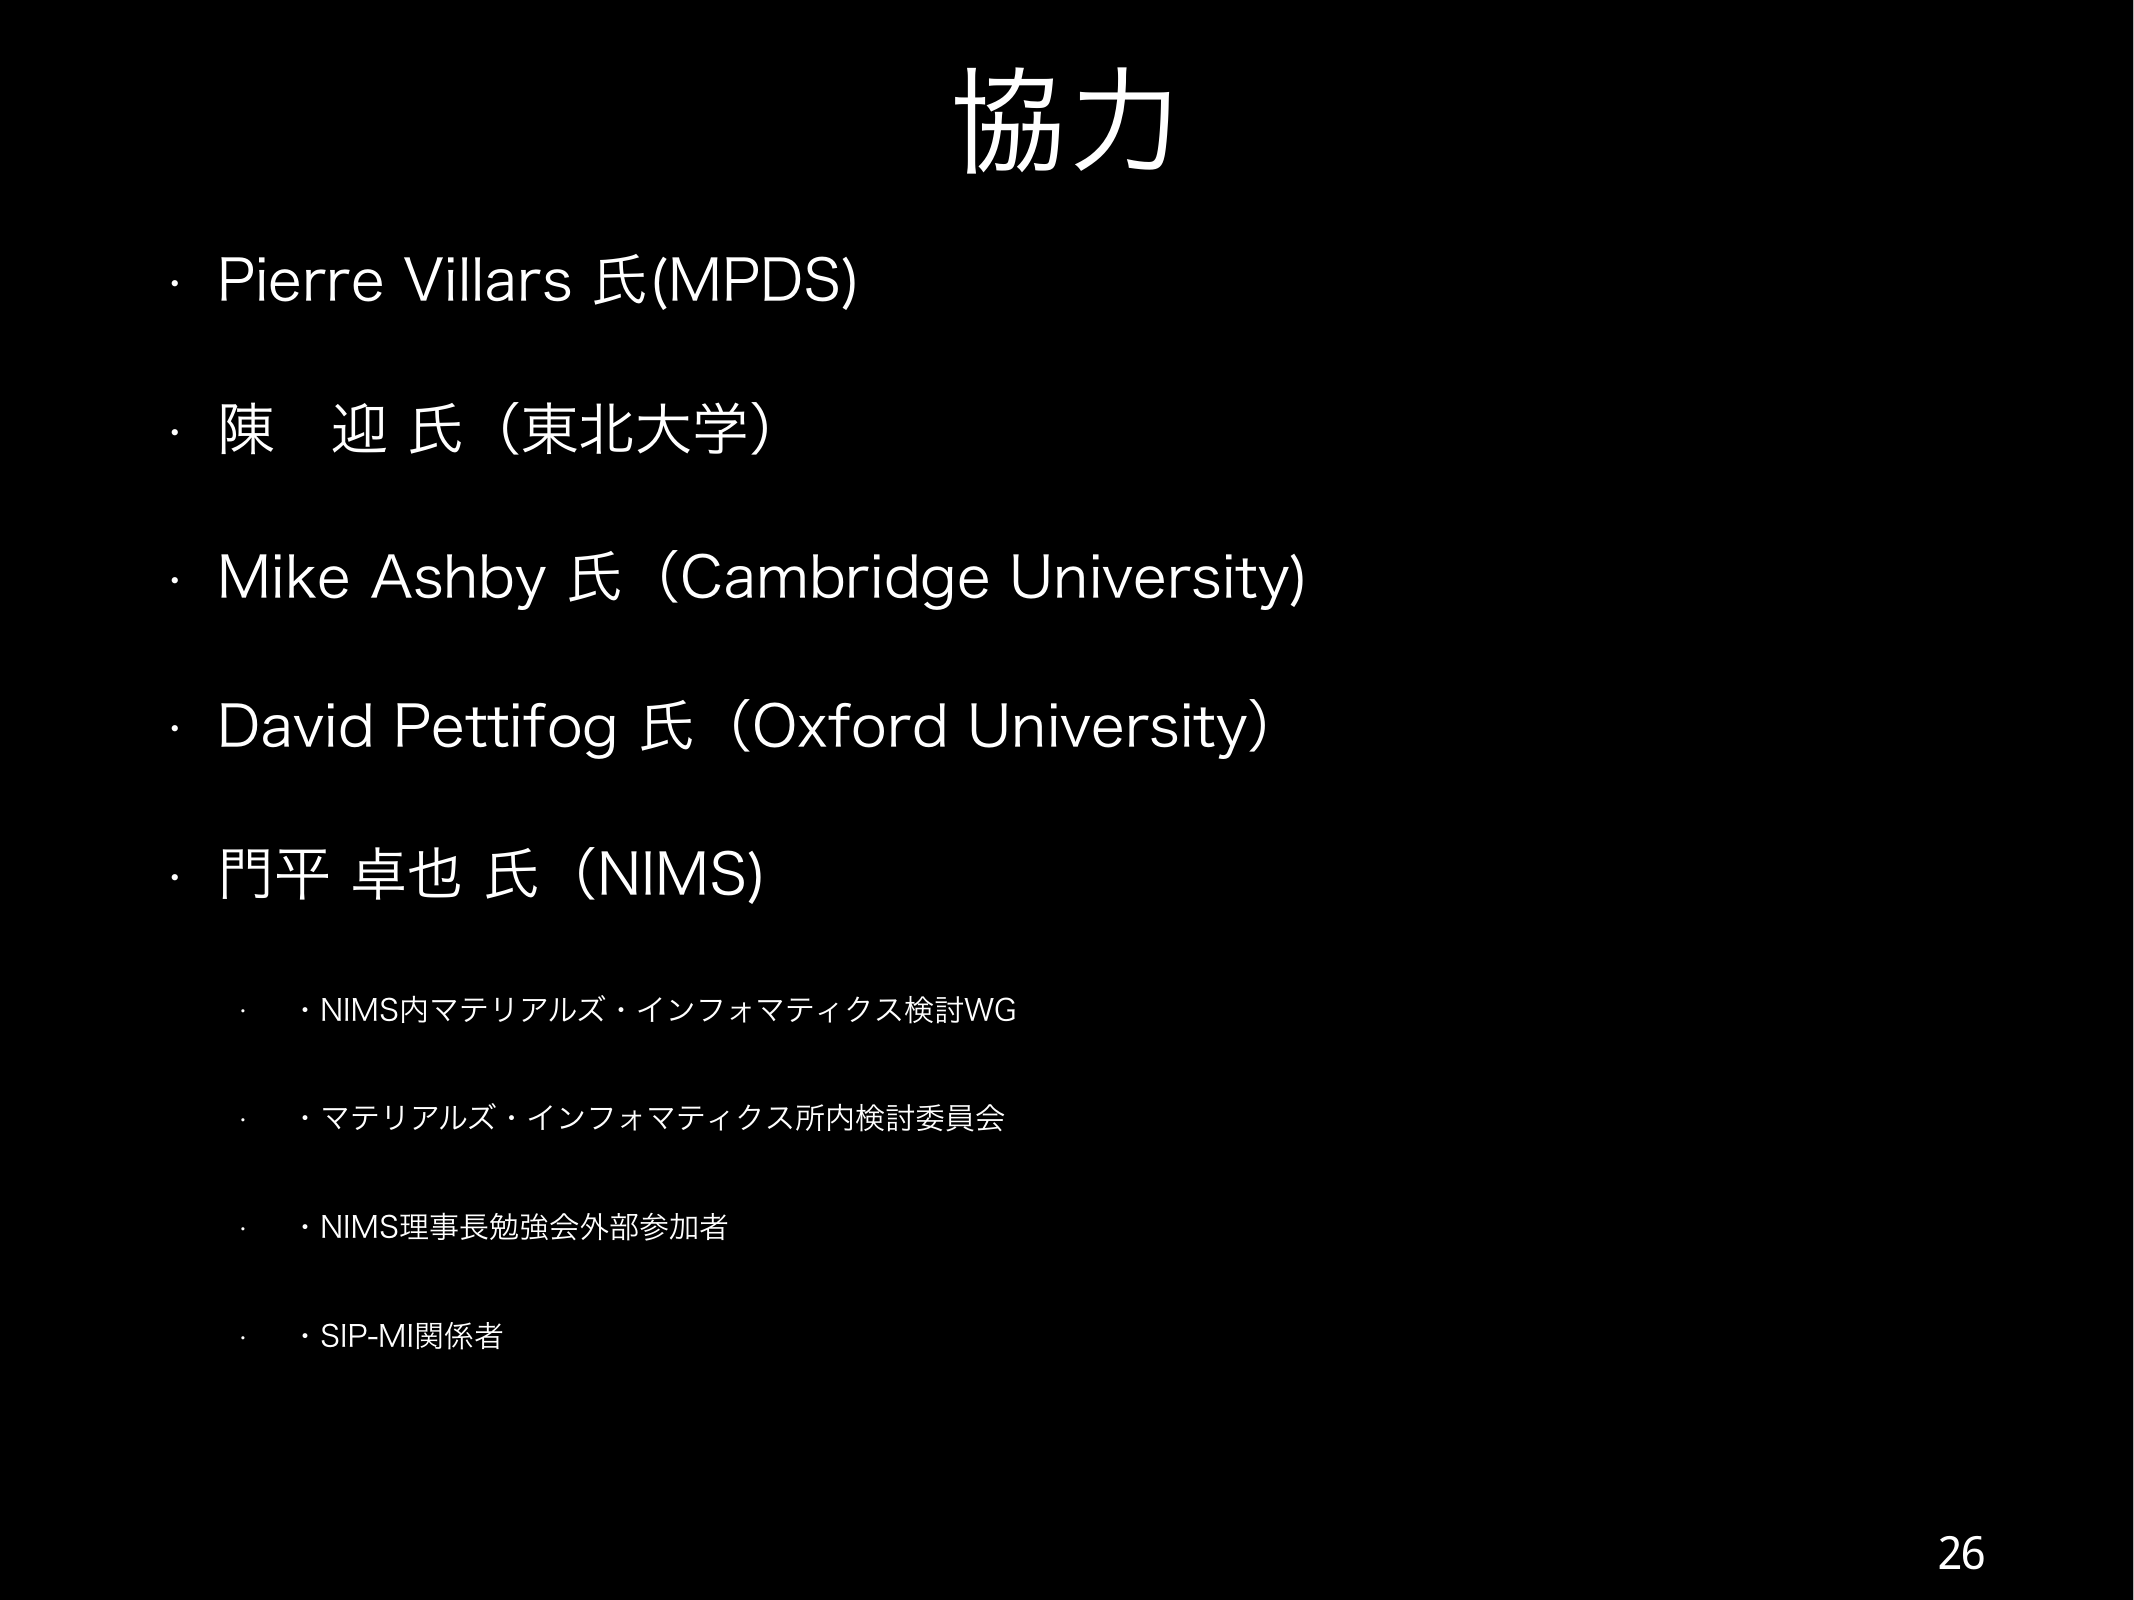
協力
・Pierre Villars 氏(MPDS)
・陳 迎 氏（東北大学）
・Mike Ashby 氏（Cambridge University）
・David Pettifog 氏（Oxford University）
・門平 卓也 氏（NIMS）
　・NIMS内マテリアルズ・インフォマティクス検討WG
　・マテリアルズ・インフォマティクス所内検討委員会
　・NIMS理事長勉強会外部参加者
　・SIP-MI関係者
26